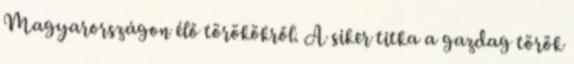
Magyarországon élő törökökről. A siker titka a gazdag török